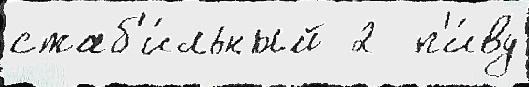
стаб'и́льный 2  п'и́ву